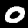
Digit: 0